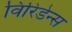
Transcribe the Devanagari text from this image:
विरिडेन्स